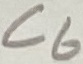
Text: C6